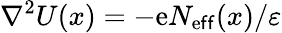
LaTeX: \nabla^{2}U(x)=-\mathrm{e}N_{\mathrm{e}\mathsf{f}\mathsf{f}}(x)/\varepsilon